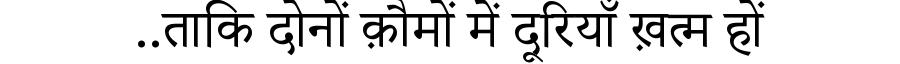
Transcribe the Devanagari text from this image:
..ताकि दोनों क़ौमों में दूरियाँ ख़त्म हों